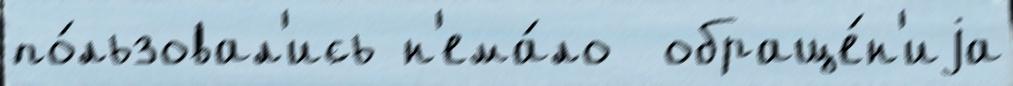
по́льзовал'ись н'ема́ло  обраще́н'иjа